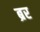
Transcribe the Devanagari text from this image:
ब्रर